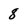
Character: 8